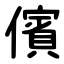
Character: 儐